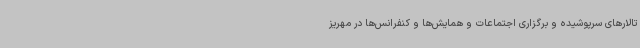
تالارهای سرپوشیده و برگزاری اجتماعات و همایش‌ها و کنفرانس‌ها در مهریز